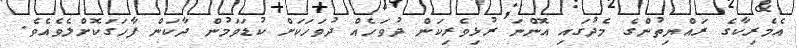
އެމެރިކާގެ ރައްޔިތުންގެ މެދުގައި އޮންނަ ރުޅިވެރިކަން ދުވަހެއް ދުވަހަކަށް ކުޑަވަމުން ދާކަން ފާހަގަކޮށްލެވެއެވެ.